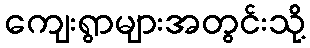
ကျေးရွာများအတွင်းသို့